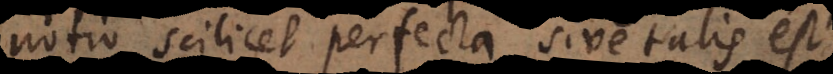
notio scilicet perfecta sive talis est,